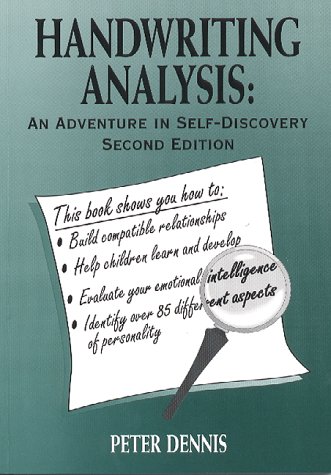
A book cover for Handwriting Analysis: An Adventure in Self-Discovery; Peter H. Dennis; Self-Help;